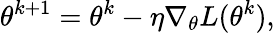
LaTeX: \theta^{k+1}=\theta^{k}-\eta\nabla_{\theta}L(\theta^{k}),